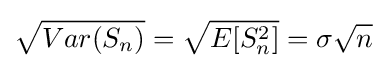
{\sqrt {Var(S_{n})}}={\sqrt {E[S_{n}^{2}]}}=\sigma {\sqrt {n}}